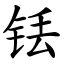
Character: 铥